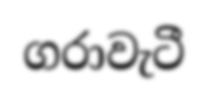
ගරාවැටී